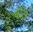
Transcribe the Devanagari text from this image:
श्वात